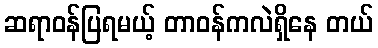
ဆရာဝန်ပြရမယ့် တာဝန်ကလဲရှိနေ တယ်